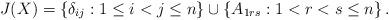
LaTeX: \begin{align*}J(X)=\left\{ \delta_{ij}:1\leq i<j\leq n\right\} \cup\left\{ A_{1rs}:1<r<s\leq n\right\} . \end{align*}